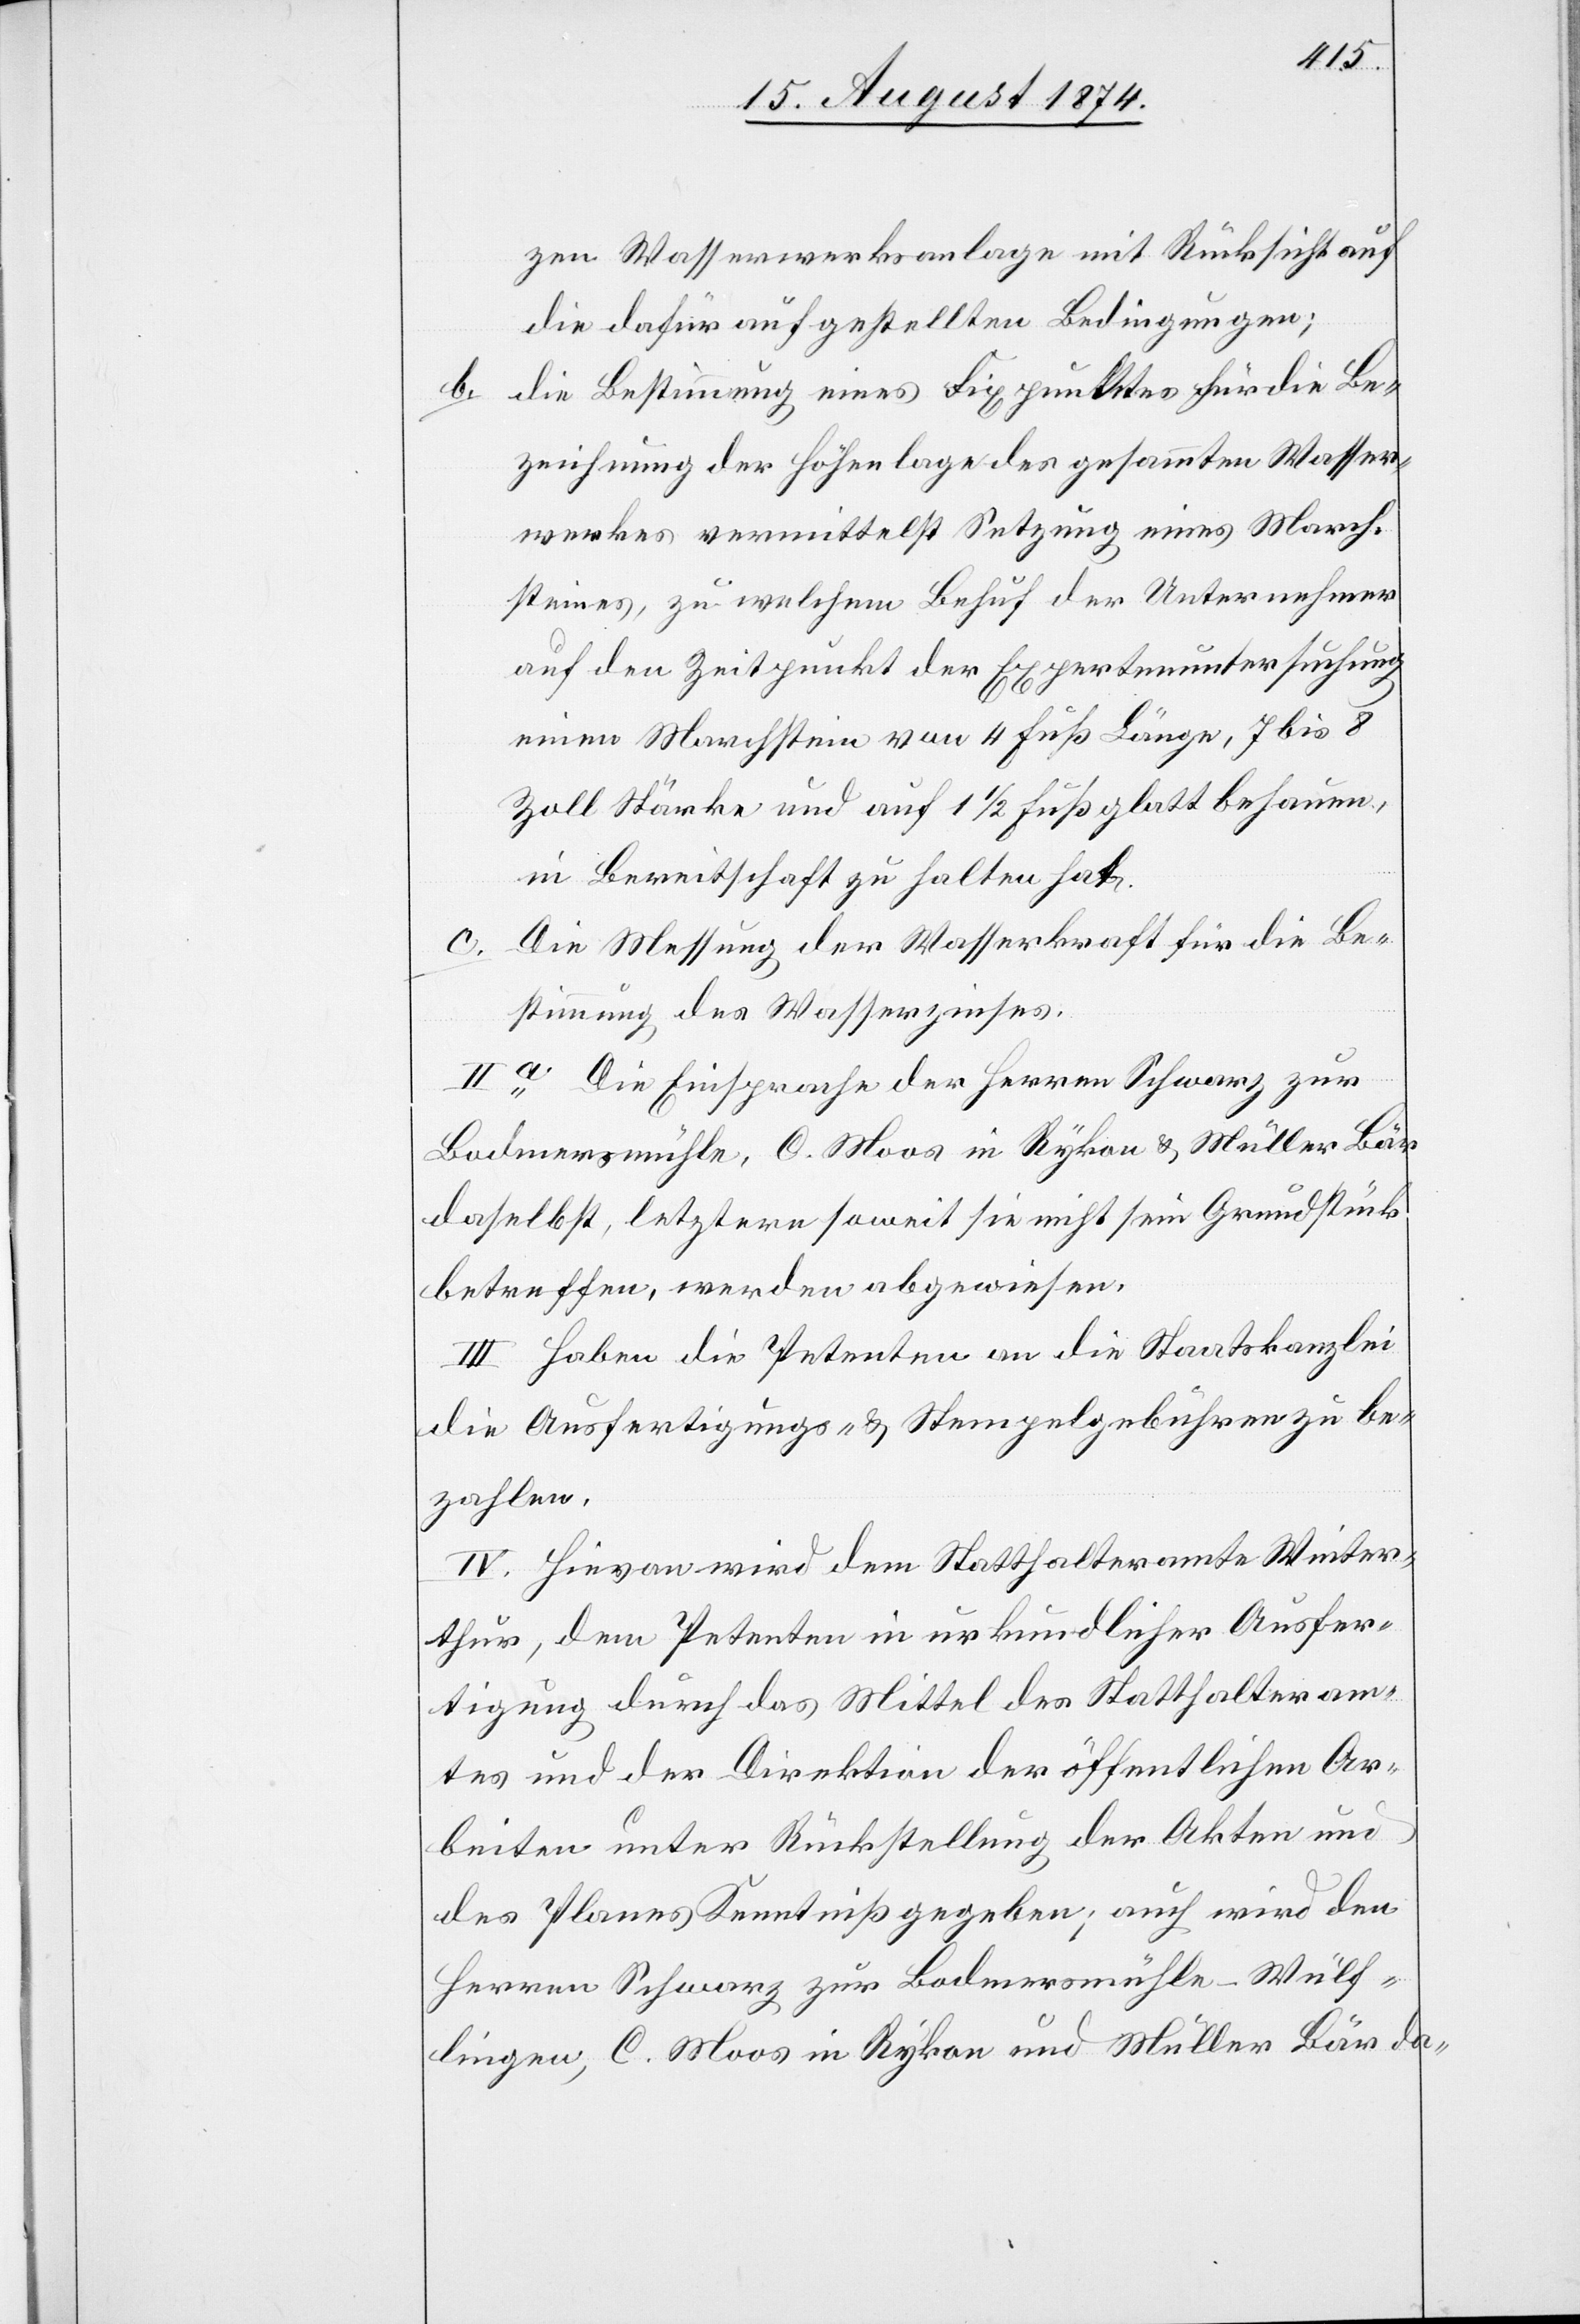
zen Wasserwerksanlage mit Rücksicht auf
die dafür aufgestellten Bedingungen;
b. die Bestimmung eines Fixpunktes für die Be¬
zeichnung der Höhenlage des gesammten Wasser¬
werkes vermittelst Setzung eines March¬
steines, zu welchem Behuf der Unternehmer
auf den Zeitpunkt der Expertenuntersuchung
einen Marchstein von 4 Fuß Länge, 7 bis 8
Zoll Stärke und auf 1 1/2 Fuß glatt behauen,
in Bereitschaft zu halten hat.
c. Die Messung der Wasserkraft für die Be¬
stimmung des Wasserzinses.
II.a Die Einsprache der Herren Schwarz zur
Bodmersmühle, C. Moos in Rykon u. Müller Bär
daselbst, letztere soweit sie nicht sein Grundstück
betreffen, werden abgewiesen.
III. Haben die Petenten an die Staatskanzlei
die Ausfertigungs- u. Stempelgebühren zu be¬
zahlen.
IV. Hievon wird dem Statthalteramte Winter¬
thur, dem Petenten in urkundlicher Ausfer¬
tigung durch das Mittel des Statthalteram¬
tes und der Direktion der öffentlichen Ar¬
beiten unter Rückstellung der Akten und
des Planes Kenntniß gegeben; auch wird den
Herren Schwarz zur Bodmersmühle-Wülf¬
lingen, C. Moos in Rykon und Müller Bär da-